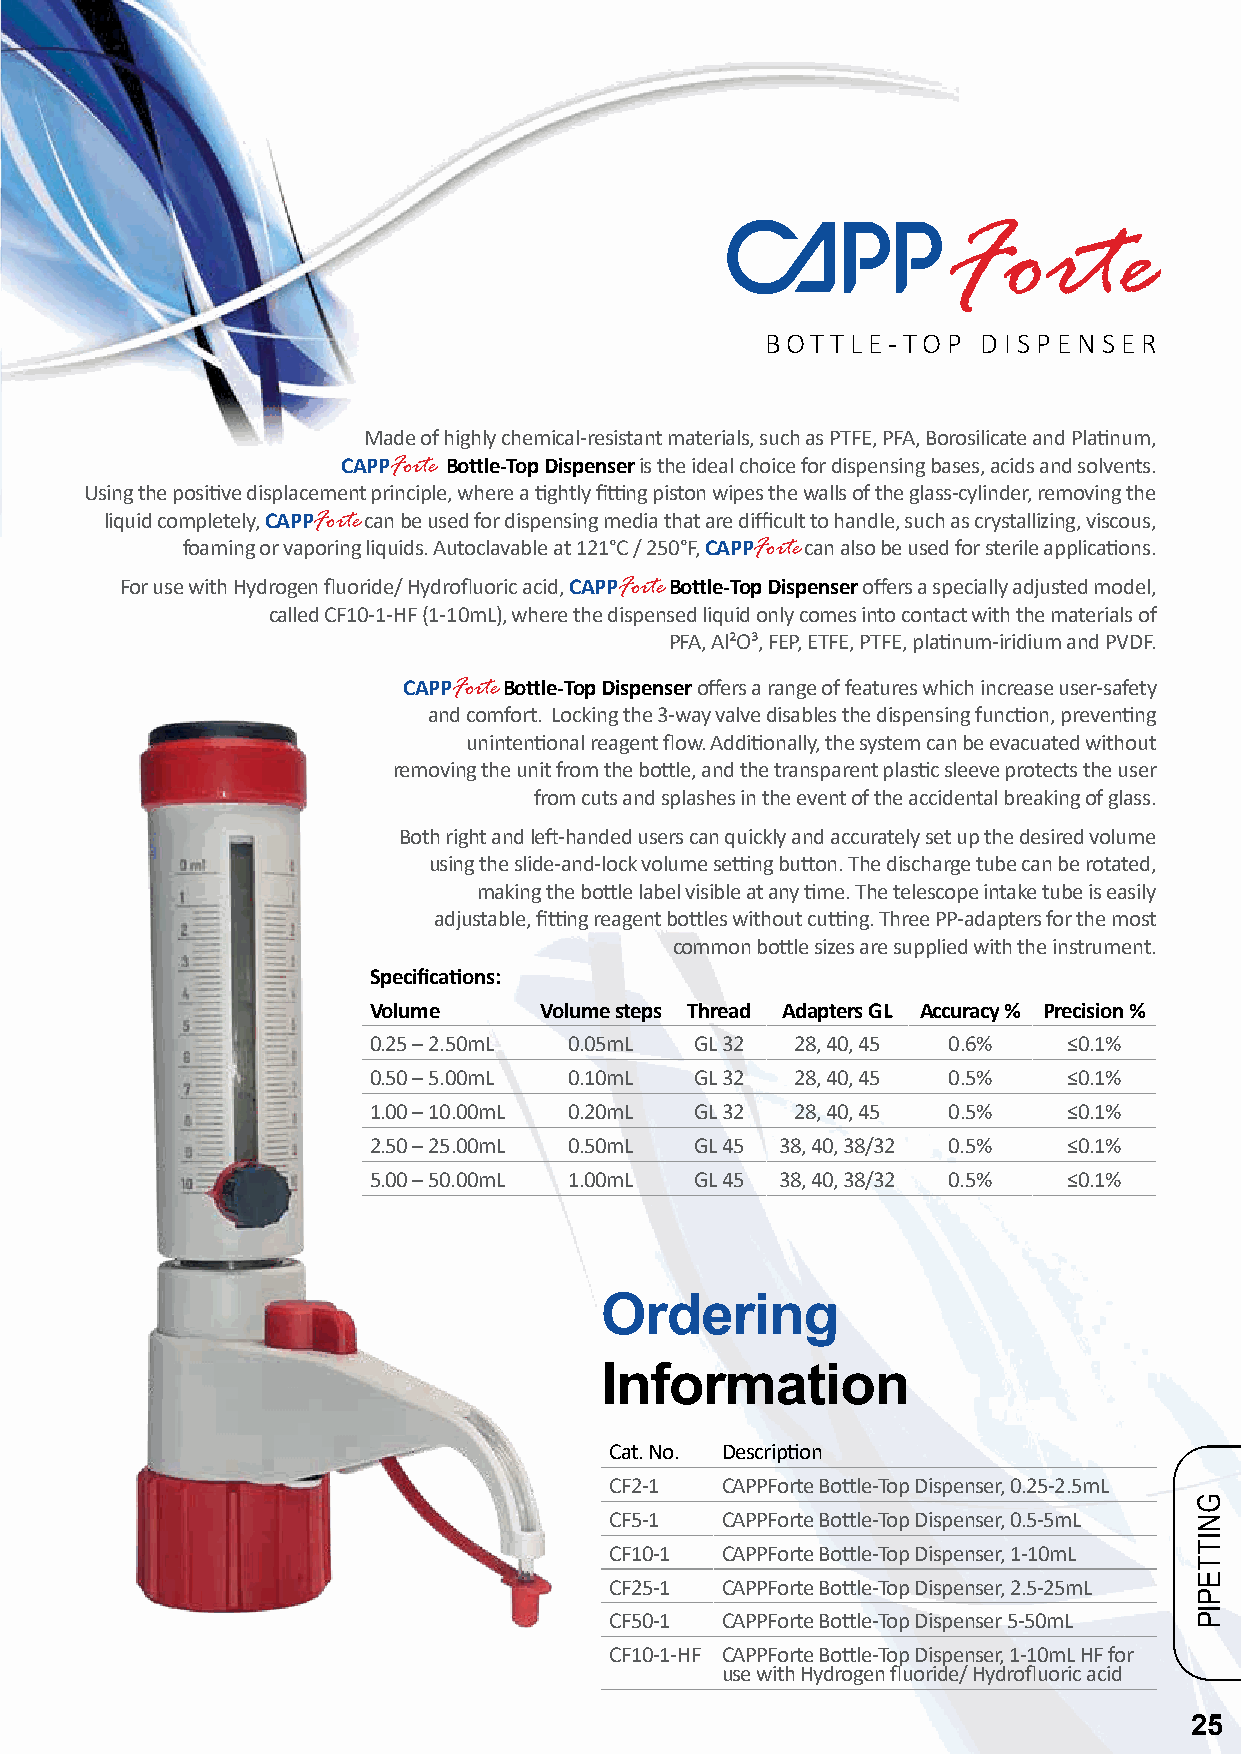
BOT TLE-TOP   DISPENSER
 Made of highly chemical-resistant materials, such as PTFE, PFA, Borosilicate and Platinum,
 CAPPForte Bottle-Top Dispenser is the ideal choice for dispensing bases, acids and solvents.
 Using the positive displacement principle, where a tightly fitting piston wipes the walls of the glass-cylinder, removing the
 liquid completely, CAPPForte can be used for dispensing media that are difficult to handle, such as crystallizing, viscous,
 foaming or vaporing liquids. Autoclavable at 121°C / 250°F, CAPPForte can also be used for sterile applications.
 For use with Hydrogen fluoride/ Hydrofluoric acid, CAPPForte Bottle-Top Dispenser offers a specially adjusted model,
 called CF10-1-HF (1-10mL), where the dispensed liquid only comes into contact with the materials of
 PFA, Al²O³, FEP, ETFE, PTFE, platinum-iridium and PVDF.
 CAPPForte Bottle-Top Dispenser offers a range of features which increase user-safety
 and comfort. Locking the 3-way valve disables the dispensing function, preventing
 unintentional reagent flow. Additionally, the system can be evacuated without
 removing the unit from the bottle, and the transparent plastic sleeve protects the user
 from cuts and splashes in the event of the accidental breaking of glass.
 Both right and left-handed users can quickly and accurately set up the desired volume
 using the slide-and-lock volume setting button. The discharge tube can be rotated,
 making the bottle label visible at any time. The telescope intake tube is easily
 adjustable, fitting reagent bottles without cutting. Three PP-adapters for the most
 common bottle sizes are supplied with the instrument.
 Specifications:
 Volume      Volume steps Thread Adapters GL Accuracy % Precision %
 0.25 – 2.50mL 0.05mL  GL 32  28, 40, 45 0.6%   ≤0.1%
 0.50 – 5.00mL 0.10mL  GL 32  28, 40, 45 0.5%   ≤0.1%
 1.00 – 10.00mL 0.20mL GL 32  28, 40, 45 0.5%   ≤0.1%
 2.50 – 25.00mL 0.50mL GL 45 38, 40, 38/32 0.5% ≤0.1%
 5.00 – 50.00mL 1.00mL GL 45 38, 40, 38/32 0.5% ≤0.1%
 Ordering
 Information
 Cat. No. Description
 CF2-1   CAPPForte Bottle-Top Dispenser, 0.25-2.5mL
 CF5-1   CAPPForte Bottle-Top Dispenser, 0.5-5mL
 CF10-1  CAPPForte Bottle-Top Dispenser, 1-10mL
 CF25-1  CAPPForte Bottle-Top Dispenser, 2.5-25mL
 CF50-1  CAPPForte Bottle-Top Dispenser 5-50mL
 CF10-1-HF CAPPForte Bottle-Top Dispenser, 1-10mL HF for
 use with Hydrogen fluoride/ Hydrofluoric acid
 25
 GNITTEPIP